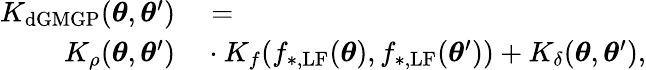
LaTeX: \begin{array}{rl}{K_{\mathrm{dGMGP}}(\boldsymbol{\theta},\boldsymbol{\theta}^{\prime})}&{{}=}\\ {K_{\rho}(\boldsymbol{\theta},\boldsymbol{\theta}^{\prime})}&{{}\cdot K_{f}(f_{\mathrm{*,LF}}(\boldsymbol{\theta}),f_{\mathrm{*,LF}}(\boldsymbol{\theta}^{\prime}))+K_{\delta}(\boldsymbol{\theta},\boldsymbol{\theta}^{\prime}),}\end{array}